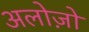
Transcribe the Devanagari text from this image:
अलोज़ो